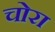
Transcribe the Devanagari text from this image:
चोरा